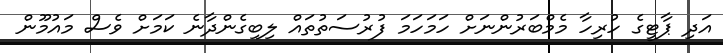
އަދި ޕާޓީގެ ހުރިހާ މެމްބަރުންނަށް ހަމަހަމަ ފުރުސަތުތައް ލިބިގެންދާނެ ކަމަށް ވެސް މައުމޫން